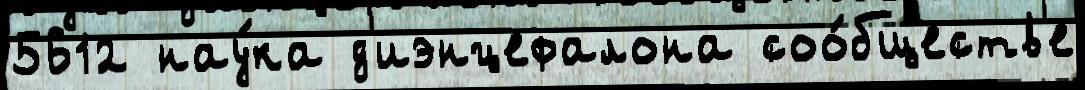
5612 нау́ка д'иэнцефалона соо́бществ'е